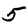
Digit: 5